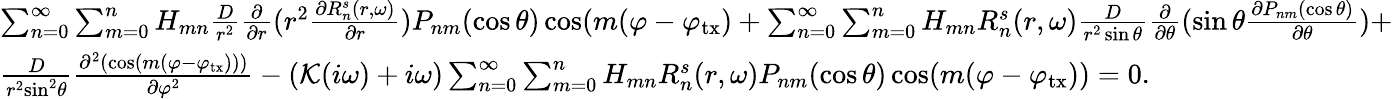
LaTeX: \begin{array}{l}{\sum_{n=0}^{\infty}\sum_{m=0}^{n}H_{mn}\frac{D}{{{r^{2}}}}\frac{\partial}{{\partial r}}({r^{2}}\frac{{\partial R_{n}^{s}(r,\omega)}}{{\partial r}})P_{nm}(\cos\theta)\cos(m(\varphi-\varphi_{\mathrm{tx}})+\sum_{n=0}^{\infty}\sum_{m=0}^{n}H_{mn}R_{n}^{s}(r,\omega)\frac{D}{{{r^{2}}\sin\theta}}\frac{\partial}{{\partial\theta}}(\sin\theta\frac{{\partial P_{nm}(\cos\theta)}}{{\partial\theta}})+}\\ {\frac{D}{{{r^{2}}{{\sin}^{2}}\theta}}\frac{{{\partial^{2}}(\cos(m(\varphi-\varphi_{\mathrm{tx}})))}}{{\partial{\varphi^{2}}}}-(\mathcal K(i\omega)+{i\omega})\sum_{n=0}^{\infty}\sum_{m=0}^{n}H_{mn}R_{n}^{s}(r,\omega)P_{nm}(\cos\theta)\cos(m(\varphi-\varphi_{\mathrm{tx}}))=0.}\end{array}